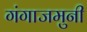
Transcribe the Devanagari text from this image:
गंगाजमुनी